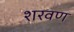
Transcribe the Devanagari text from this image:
शरवण